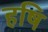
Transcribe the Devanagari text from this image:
हषि